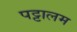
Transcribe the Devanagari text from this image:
पट्टालम